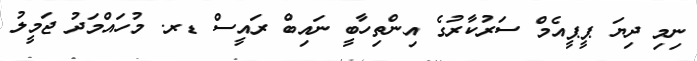
ނިމި ދިޔަ ޕީޕީއެމް ސަރުކާރުގެ އިންތިހާބީ ނައިބް ރައީސް ޑރ. މުހައްމަދު ޖަމީލު